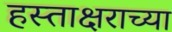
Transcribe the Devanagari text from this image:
हस्ताक्षराच्या